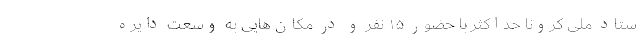
ستاد ملی کرونا حداکثر با حضور ۱۵ نفر و در مکان‌هایی به وسعت دایره